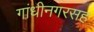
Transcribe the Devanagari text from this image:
गांधीनगरसह